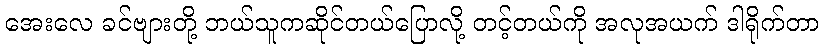
အေးလေ ခင်ဗျားတို့ ဘယ်သူကဆိုင်တယ်ပြောလို့ တင့်တယ်ကို အလုအယက် ဒါရိုက်တာ